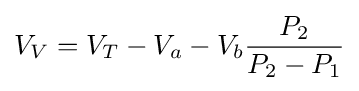
V_{V}=V_{T}-V_{a}-V_{b}{P_{2} \over {P_{2}-P_{1}}}